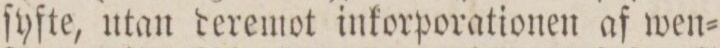
ſyfte, utan deremot inkorporationen af wen=